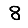
Digit: 8